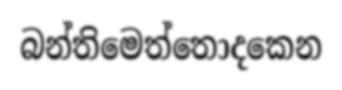
බන්තිමෙත්තොදකෙන